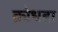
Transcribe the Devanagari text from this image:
क्रोधहा